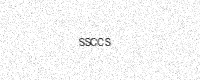
Text: SSCCS